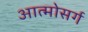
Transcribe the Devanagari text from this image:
आत्मोसर्ग